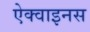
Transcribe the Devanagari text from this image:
ऐक्वाइनस